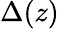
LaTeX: \Delta(z)